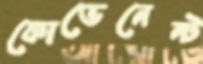
কোভেনেন্ট